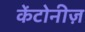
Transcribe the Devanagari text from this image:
केंटोनीज़